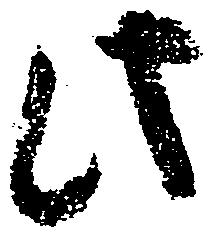
此